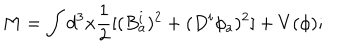
LaTeX: M = \int d ^ { 3 } x \frac { 1 } { 2 } [ ( B _ { a } ^ { i } ) ^ { 2 } + ( D ^ { i } \phi _ { a } ) ^ { 2 } ] + V ( \phi ) ;